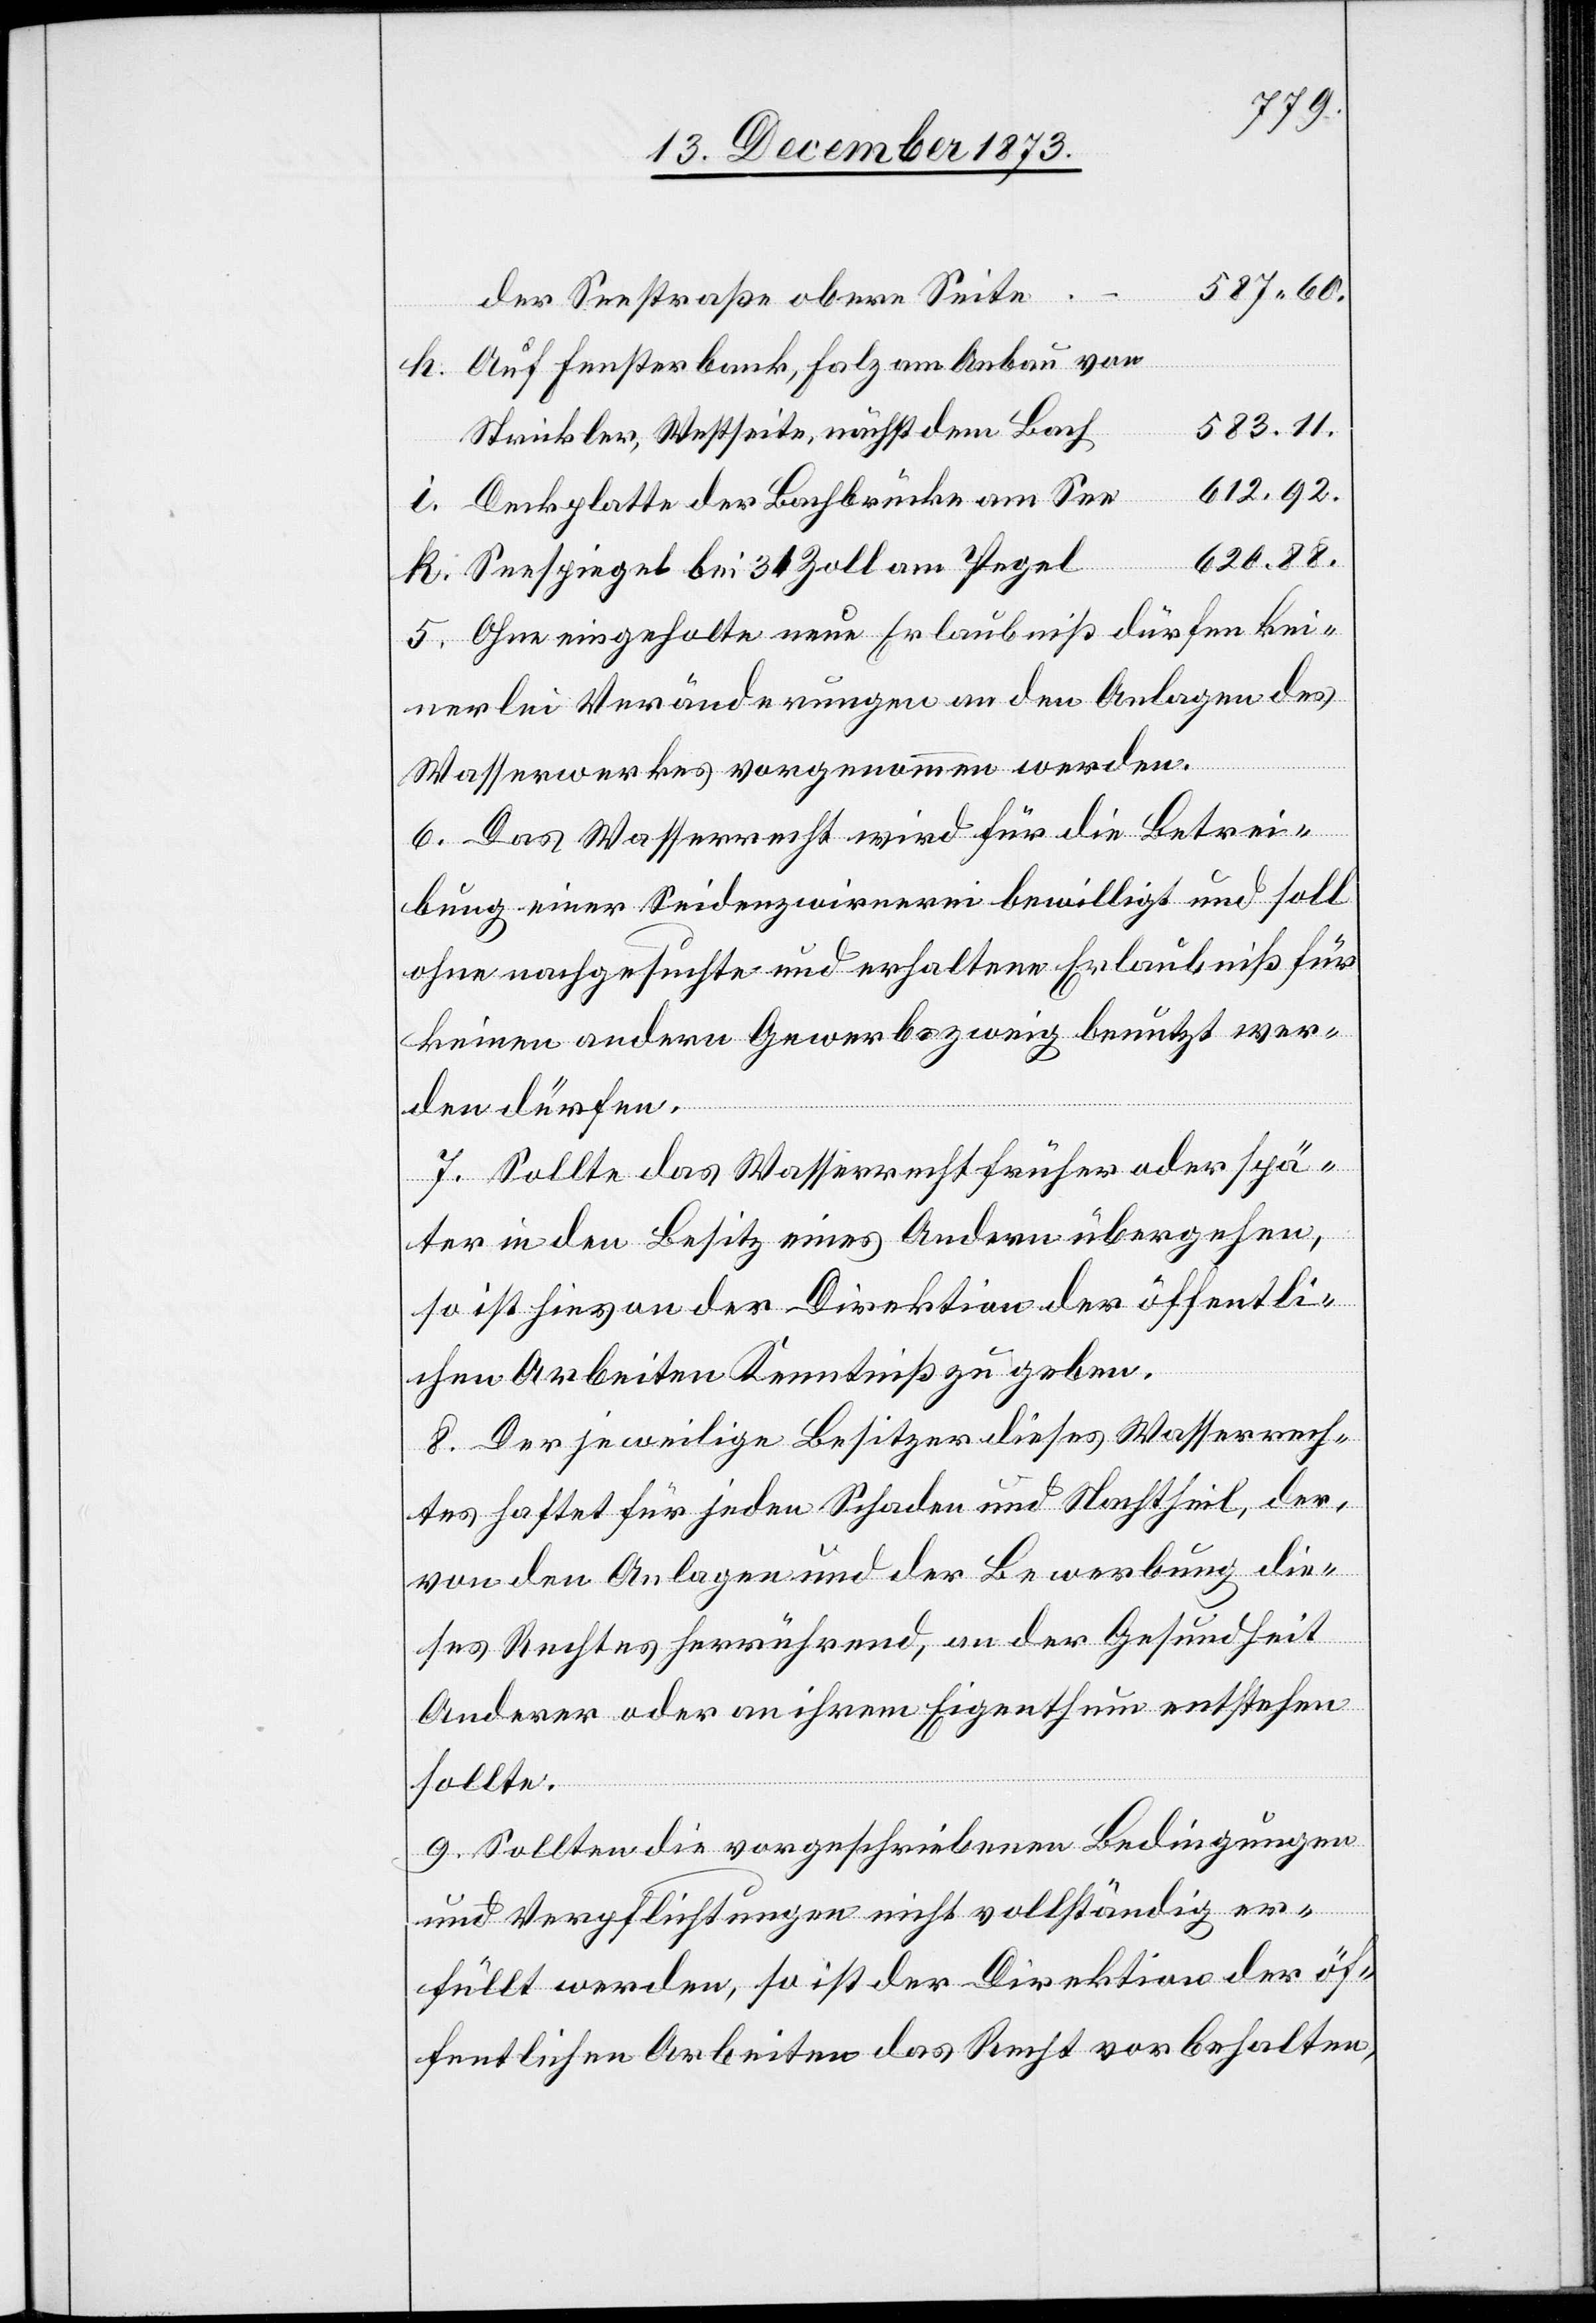
587 60.
der Seestraße obere Seite
Auf Fensterbank, Falz am Anbau vor
583,11.
Strickler, Westseite, nächst dem Bach
612,92.
Deckplatte der Bachbrücke am See
620,88.
Seespiegel bei 31 Zoll am Pegel
5. Ohne eingeholte neue Erlaubniß dürfen kei¬
nerlei Veränderungen an den Anlagen des
Wasserwerkes vorgenommen werden.
6. Das Wasserrecht wird für die Betrei¬
bung einer Seidenzwirnerei bewilligt und soll
ohne nachgesuchte und erhaltene Erlaubniß für
keinen andern Gewerbszweig benutzt wer¬
den dürfen.
7. Sollte das Wasserrecht früher oder spä¬
ter in den Besitz eines Andern übergehen,
so ist hievon der Direktion der öffentli¬
chen Arbeiten Kenntniß zu geben.
8. Der jeweilige Besitzer dieses Wasserrech¬
tes haftet für jeden Schaden und Nachtheil, der,
von den Anlagen und der Bewerbung die¬
ses Rechtes herrührend, an der Gesundheit
Anderer oder an ihrem Eigenthum entstehen
sollte.
9. Sollten die vorgeschriebenen Bedingungen
i.
und Verpflichtungen nicht vollständig er¬
füllt werden, so ist der Direktion der öf¬
fentlichen Arbeiten das Recht vorbehalten,